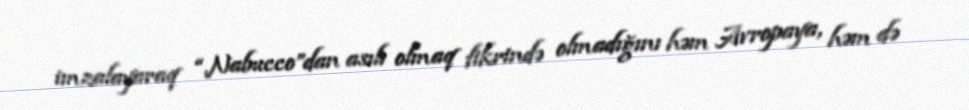
imzalayaraq “Nabucco”dan asılı olmaq fikrində olmadığını həm Avropaya, həm də